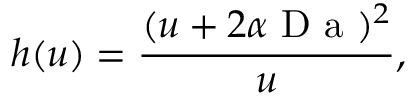
h ( u ) = \frac { ( u + 2 \alpha \mathrm { ~ D ~ a ~ } ) ^ { 2 } } { u } ,